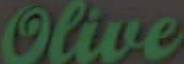
Olive